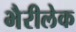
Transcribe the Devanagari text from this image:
भैरीलेक